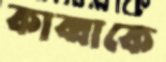
কাব্বাকে